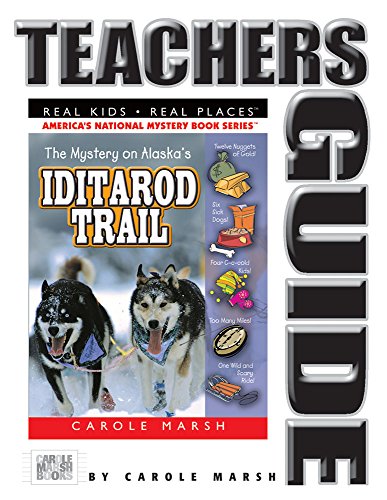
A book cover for The Mystery on the Iditarod Trail (Real Kids, Real Places) (Teacher's Guide) (Carole Marsh Mysteries); Carole Marsh; Sports & Outdoors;